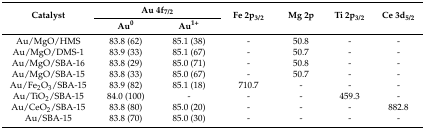
| <ROWSPAN=2> Catalyst | <COLSPAN=2> Au 4f7/2 | <ROWSPAN=2> Fe 2p3/2 | <ROWSPAN=2> Mg 2p | <ROWSPAN=2> Ti 2p3/2 | <ROWSPAN=2> Ce 3d5/2 |
 | Au0 | Au1+ |
 | --- | --- | --- | --- | --- | --- | --- |
 | Au/MgO/HMS | 83.8 (62) | 85.1 (38) | - | 50.8 | - | - |
 | Au/MgO/DMS-1 | 83.9 (33) | 85.1 (67) | - | 50.7 | - | - |
 | Au/MgO/SBA-16 | 83.8 (29) | 85.0 (71) | - | 50.8 | - | - |
 | Au/MgO/SBA-15 | 83.8 (33) | 85.0 (67) | - | 50.7 | - | - |
 | Au/Fe2O3/SBA-15 | 83.9 (82) | 85.1 (18) | 710.7 | - | - | - |
 | Au/TiO2/SBA-15 | 84.0 (100) | - | - | - | 459.3 | - |
 | Au/CeO2/SBA-15 | 83.8 (80) | 85.0 (20) | - | - | - | 882.8 |
 | Au/SBA-15 | 83.8 (70) | 85.0 (30) | - | - | - | - |